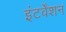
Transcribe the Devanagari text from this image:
इंटर्वेंशन